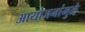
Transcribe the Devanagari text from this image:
आयोजनांमुळे